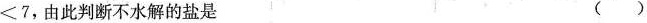
<7$$，由此判断不水解的盐是 ( )